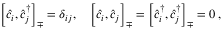
\begin{array} { r } { \Big [ \hat { c } _ { i } , \hat { c } _ { j } ^ { \dagger } \Big ] _ { \mp } = \delta _ { i j } , \quad \Big [ \hat { c } _ { i } , \hat { c } _ { j } \Big ] _ { \mp } = \Big [ \hat { c } _ { i } ^ { \dagger } , \hat { c } _ { j } ^ { \dagger } \Big ] _ { \mp } = 0 \, , } \end{array}